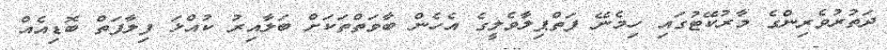
ދަތުރުވެރިންގެ މާރުކޭޓުގައި ހިމެނޭ ފަތްޕިލާވެލީގެ އެހެން ބާވަތްތަަކަށް ބަލާއިރު ކުއްޅަ ފިލާފަތް ބޮޑިއެއް